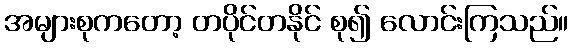
အများစုကတော့ တပိုင်တနိုင် စု၍ လောင်းကြသည်။